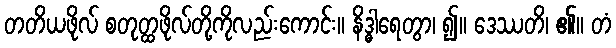
တတိယဖိုလ် စတုတ္ထဖိုလ်တို့ကိုလည်းကောင်း။ နိဒ္ဓါရေတွာ၊ ၍။ ဒေဿတိ၊ ၏။ တံ